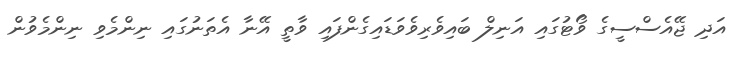
އަދި ޖޭއެސްސީގެ ވޯޓުގައި އަނިލް ބައިވެރިވެވަޑައިގެންފައި ވާތީ އޭނާ އެތަނުގައި ނިންމެވި ނިންމެވުން